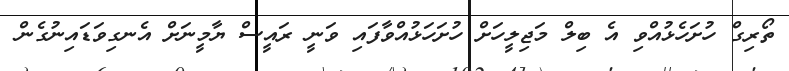
ތޯރިގް ހުށަހެޅުއްވި އެ ބިލް މަޖިލީހަށް ހުށަހަޅުއްވާފައި ވަނީ ރައީސް ޔާމީނަށް އެނގިވަޑައިނުގެން